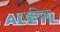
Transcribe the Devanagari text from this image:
तक्षशिक्षा